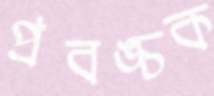
প্রবঙ্চক